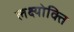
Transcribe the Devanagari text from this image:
लक्ष्योक्ति